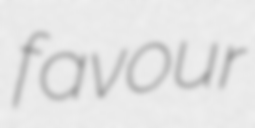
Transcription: favour